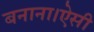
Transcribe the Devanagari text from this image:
बनाना।ऐसी